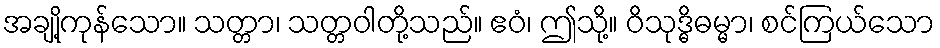
အချို့ကုန်သော။ သတ္တာ၊ သတ္တဝါတို့သည်။ ဧဝံ၊ ဤသို့။ ဝိသုဒ္ဓိဓမ္မာ၊ စင်ကြယ်သော